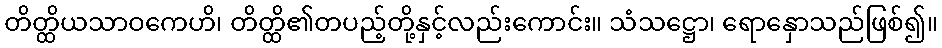
တိတ္ထိယသာဝကေဟိ၊ တိတ္ထိ၏တပည့်တို့နှင့်လည်းကောင်း။ သံသဋ္ဌော၊ ရောနှောသည်ဖြစ်၍။